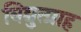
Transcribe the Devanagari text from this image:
विद्युत्प्राह